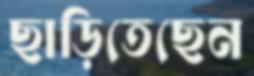
ছাড়িতেছেন